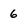
Character: 6